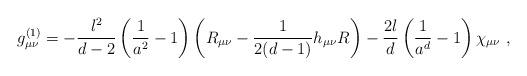
LaTeX: \begin{align*}g^{(1)}_{\mu\nu} = -{l^2 \over d-2} \left( {1\over a^2}-1 \right) \left( R_{\mu\nu} - {1\over 2(d-1)} h_{\mu\nu} R \right) -{2l \over d}\left( {1 \over a^d} - 1 \right) \chi_{\mu\nu} \ ,\end{align*}